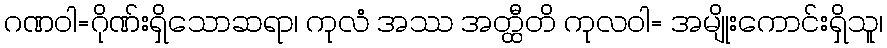
ဂဏဝါ=ဂိုဏ်းရှိသောဆရာ၊ ကုလံ အဿ အတ္ထီတိ ကုလဝါ= အမျိုးကောင်းရှိသူ၊